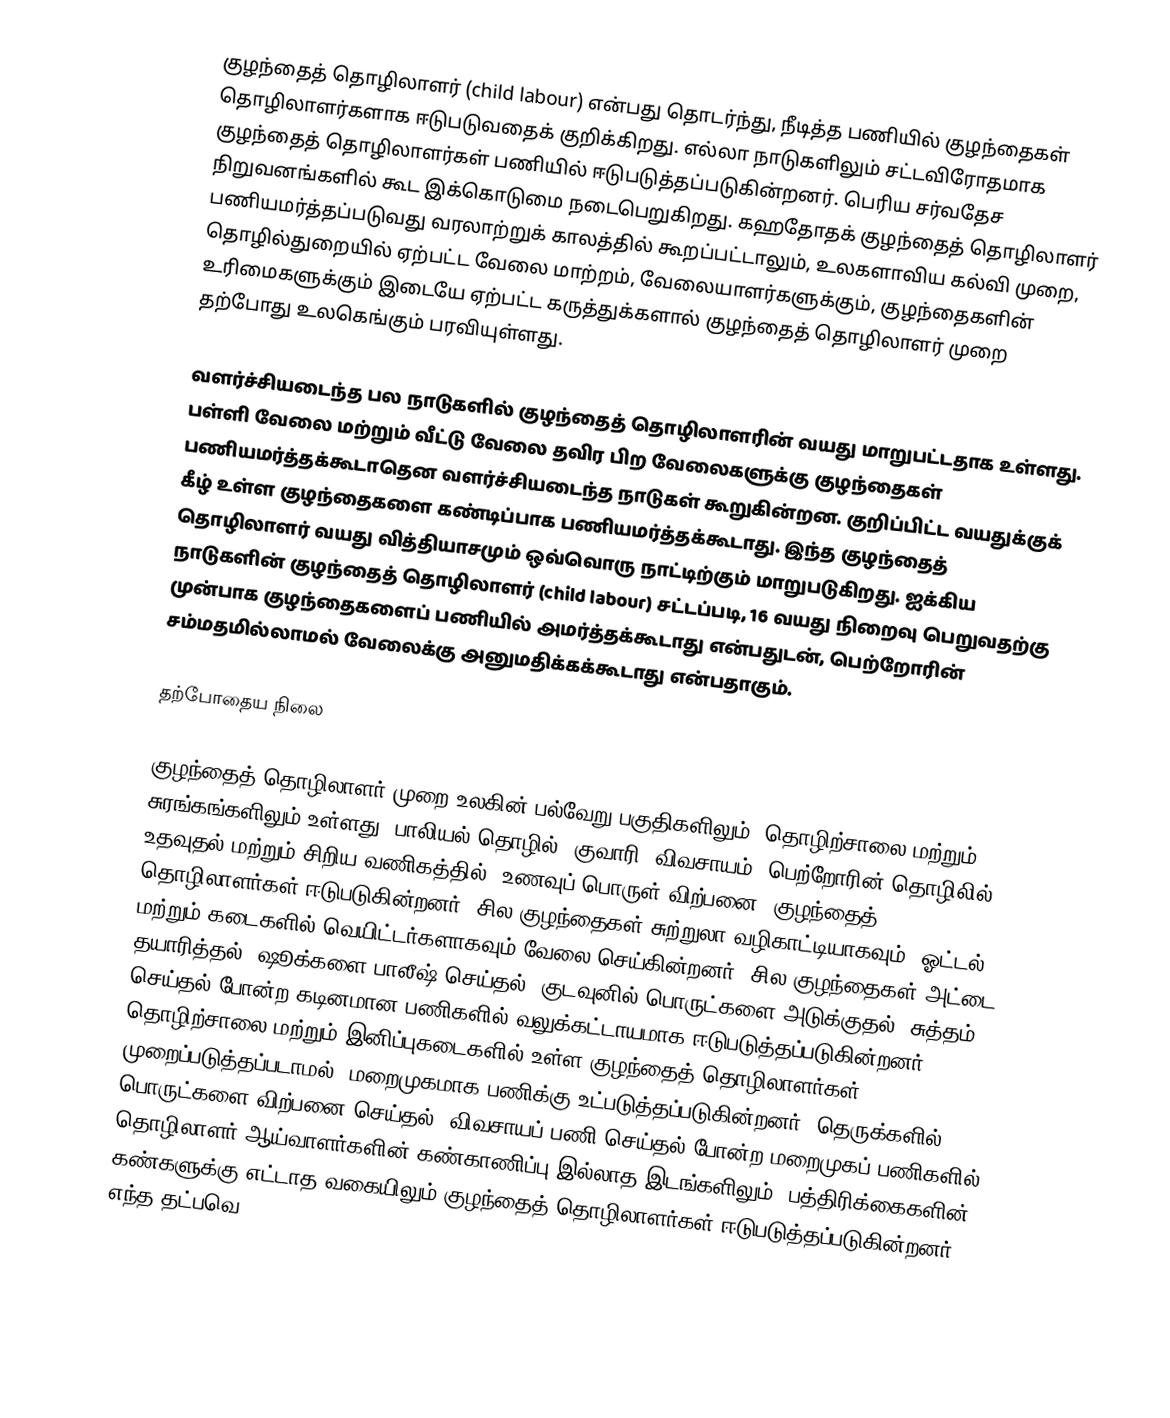
குழந்தைத் தொழிலாளர் (child labour) என்பது தொடர்ந்து, நீடித்த பணியில் குழந்தைகள் தொழிலாளர்களாக ஈடுபடுவதைக் குறிக்கிறது. எல்லா நாடுகளிலும் சட்டவிரோதமாக குழந்தைத் தொழிலாளர்கள் பணியில் ஈடுபடுத்தப்படுகின்றனர். பெரிய சர்வதேச நிறுவனங்களில் கூட இக்கொடுமை நடைபெறுகிறது. கஹதோதக் குழந்தைத் தொழிலாளர் பணியமர்த்தப்படுவது வரலாற்றுக் காலத்தில் கூறப்பட்டாலும், உலகளாவிய கல்வி முறை, தொழில்துறையில் ஏற்பட்ட வேலை மாற்றம், வேலையாளர்களுக்கும், குழந்தைகளின் உரிமைகளுக்கும் இடையே ஏற்பட்ட கருத்துக்களால் குழந்தைத் தொழிலாளர் முறை தற்போது உலகெங்கும் பரவியுள்ளது.

வளர்ச்சியடைந்த பல நாடுகளில் குழந்தைத் தொழிலாளரின் வயது மாறுபட்டதாக உள்ளது. பள்ளி வேலை மற்றும் வீட்டு வேலை தவிர பிற வேலைகளுக்கு குழந்தைகள் பணியமர்த்தக்கூடாதென வளர்ச்சியடைந்த நாடுகள் கூறுகின்றன. குறிப்பிட்ட வயதுக்குக் கீழ் உள்ள குழந்தைகளை கண்டிப்பாக பணியமர்த்தக்கூடாது. இந்த குழந்தைத் தொழிலாளர் வயது வித்தியாசமும் ஒவ்வொரு நாட்டிற்கும் மாறுபடுகிறது. ஐக்கிய நாடுகளின் குழந்தைத் தொழிலாளர் (child labour) சட்டப்படி, 16 வயது நிறைவு பெறுவதற்கு முன்பாக குழந்தைகளைப் பணியில் அமர்த்தக்கூடாது என்பதுடன், பெற்றோரின் சம்மதமில்லாமல் வேலைக்கு அனுமதிக்கக்கூடாது என்பதாகும்.

தற்போதைய நிலை

குழந்தைத் தொழிலாளர் முறை உலகின் பல்வேறு பகுதிகளிலும், தொழிற்சாலை மற்றும் சுரங்கங்களிலும் உள்ளது. பாலியல் தொழில், குவாரி, விவசாயம், பெற்றோரின் தொழிலில் உதவுதல் மற்றும் சிறிய வணிகத்தில் (உணவுப் பொருள் விற்பனை) குழந்தைத் தொழிலாளர்கள் ஈடுபடுகின்றனர். சில குழந்தைகள் சுற்றுலா வழிகாட்டியாகவும், ஓட்டல் மற்றும் கடைகளில் வெயிட்டர்களாகவும் வேலை செய்கின்றனர். சில குழந்தைகள் அட்டை தயாரித்தல், ஷூக்களை பாலீஷ் செய்தல், குடவுனில் பொருட்களை அடுக்குதல், சுத்தம் செய்தல் போன்ற கடினமான பணிகளில் வலுக்கட்டாயமாக ஈடுபடுத்தப்படுகின்றனர். தொழிற்சாலை மற்றும் இனிப்புகடைகளில் உள்ள குழந்தைத் தொழிலாளர்கள் முறைப்படுத்தப்படாமல், மறைமுகமாக பணிக்கு உட்படுத்தப்படுகின்றனர். தெருக்களில் பொருட்களை விற்பனை செய்தல், விவசாயப் பணி செய்தல் போன்ற மறைமுகப் பணிகளில், தொழிலாளர் ஆய்வாளர்களின் கண்காணிப்பு இல்லாத இடங்களிலும், பத்திரிக்கைகளின் கண்களுக்கு எட்டாத வகையிலும் குழந்தைத் தொழிலாளர்கள் ஈடுபடுத்தப்படுகின்றனர். எந்த தட்பவெ